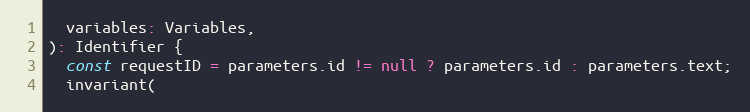
Language: JavaScript
  variables: Variables,
): Identifier {
  const requestID = parameters.id != null ? parameters.id : parameters.text;
  invariant(